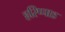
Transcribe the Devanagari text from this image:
हरिप्पाड